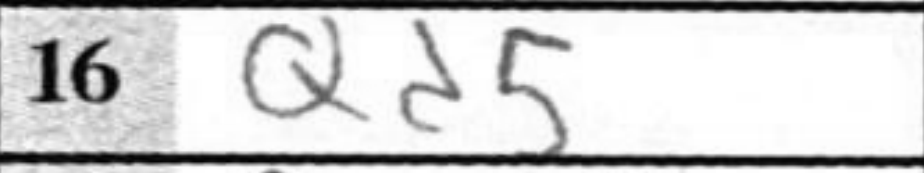
Transcription: Qd5